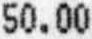
50.00